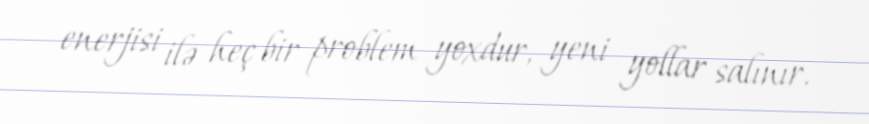
enerjisi ilə heç bir problem yoxdur, yeni yollar salınır.